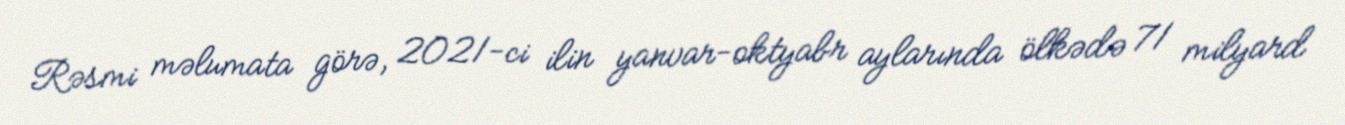
Rəsmi məlumata görə, 2021-ci ilin yanvar-oktyabr aylarında ölkədə 71 milyard